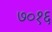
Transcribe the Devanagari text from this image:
७०१६